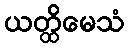
ယတ္ထိမေသံ